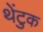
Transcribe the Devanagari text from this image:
थेंटुक